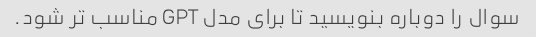
سوال را دوباره بنویسید تا برای مدل GPT مناسب تر شود.